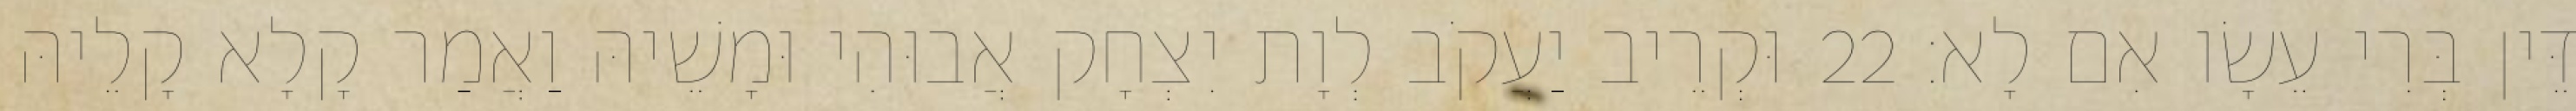
דֵּין בְּרִי עֵשָׂו אִם לָא׃ 22 וּקְרֵיב יַעֲקֹב לְוָת יִצְחָק אֲבוּהִי וּמָשֵׁיהּ וַאֲמַר קָלָא קָלֵיהּ